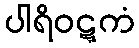
ပါရိဝဋ္ဋကံ